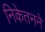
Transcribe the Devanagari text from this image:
निकेतनने